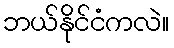
ဘယ်နိုင်ငံကလဲ။